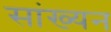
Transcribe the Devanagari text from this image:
सांख्यन